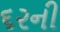
૬૨ની